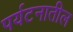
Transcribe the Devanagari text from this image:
पर्यटनातील